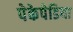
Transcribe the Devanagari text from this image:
पेकेपेडिया